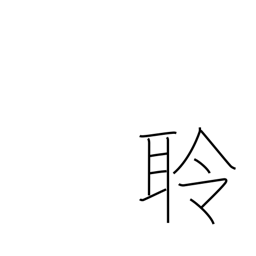
Meaning: realizing